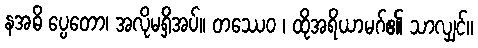
နအဓိ ပ္ပေတော၊ အလိုမရှိအပ်။ တဿေဝ ၊ ထိုအရိယာမဂ်၏ သာလျှင်။